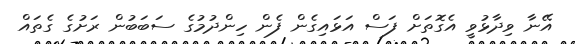
އޭނާ ވިދާޅުވީ އެގޮތަށް ފަސް އަޅައިގެން ފެން ހިންދުމުގެ ސަބަބުން ރަށުގެ ގެތައް